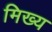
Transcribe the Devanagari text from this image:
मिख्य